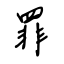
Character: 罪